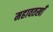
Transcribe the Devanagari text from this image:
महावतखाँ